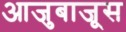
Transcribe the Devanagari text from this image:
आजुबाजूस